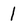
Character: 1